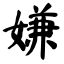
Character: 嫌